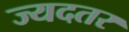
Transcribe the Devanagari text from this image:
ज्यदतर